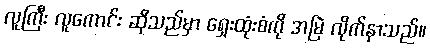
လူကြီး လူကောင်း ဆိုသည်မှာ ရှေးထုံးစံကို အမြဲ လိုက်နာသည်။